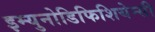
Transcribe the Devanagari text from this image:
इम्युनोडिफिशियेन्सी